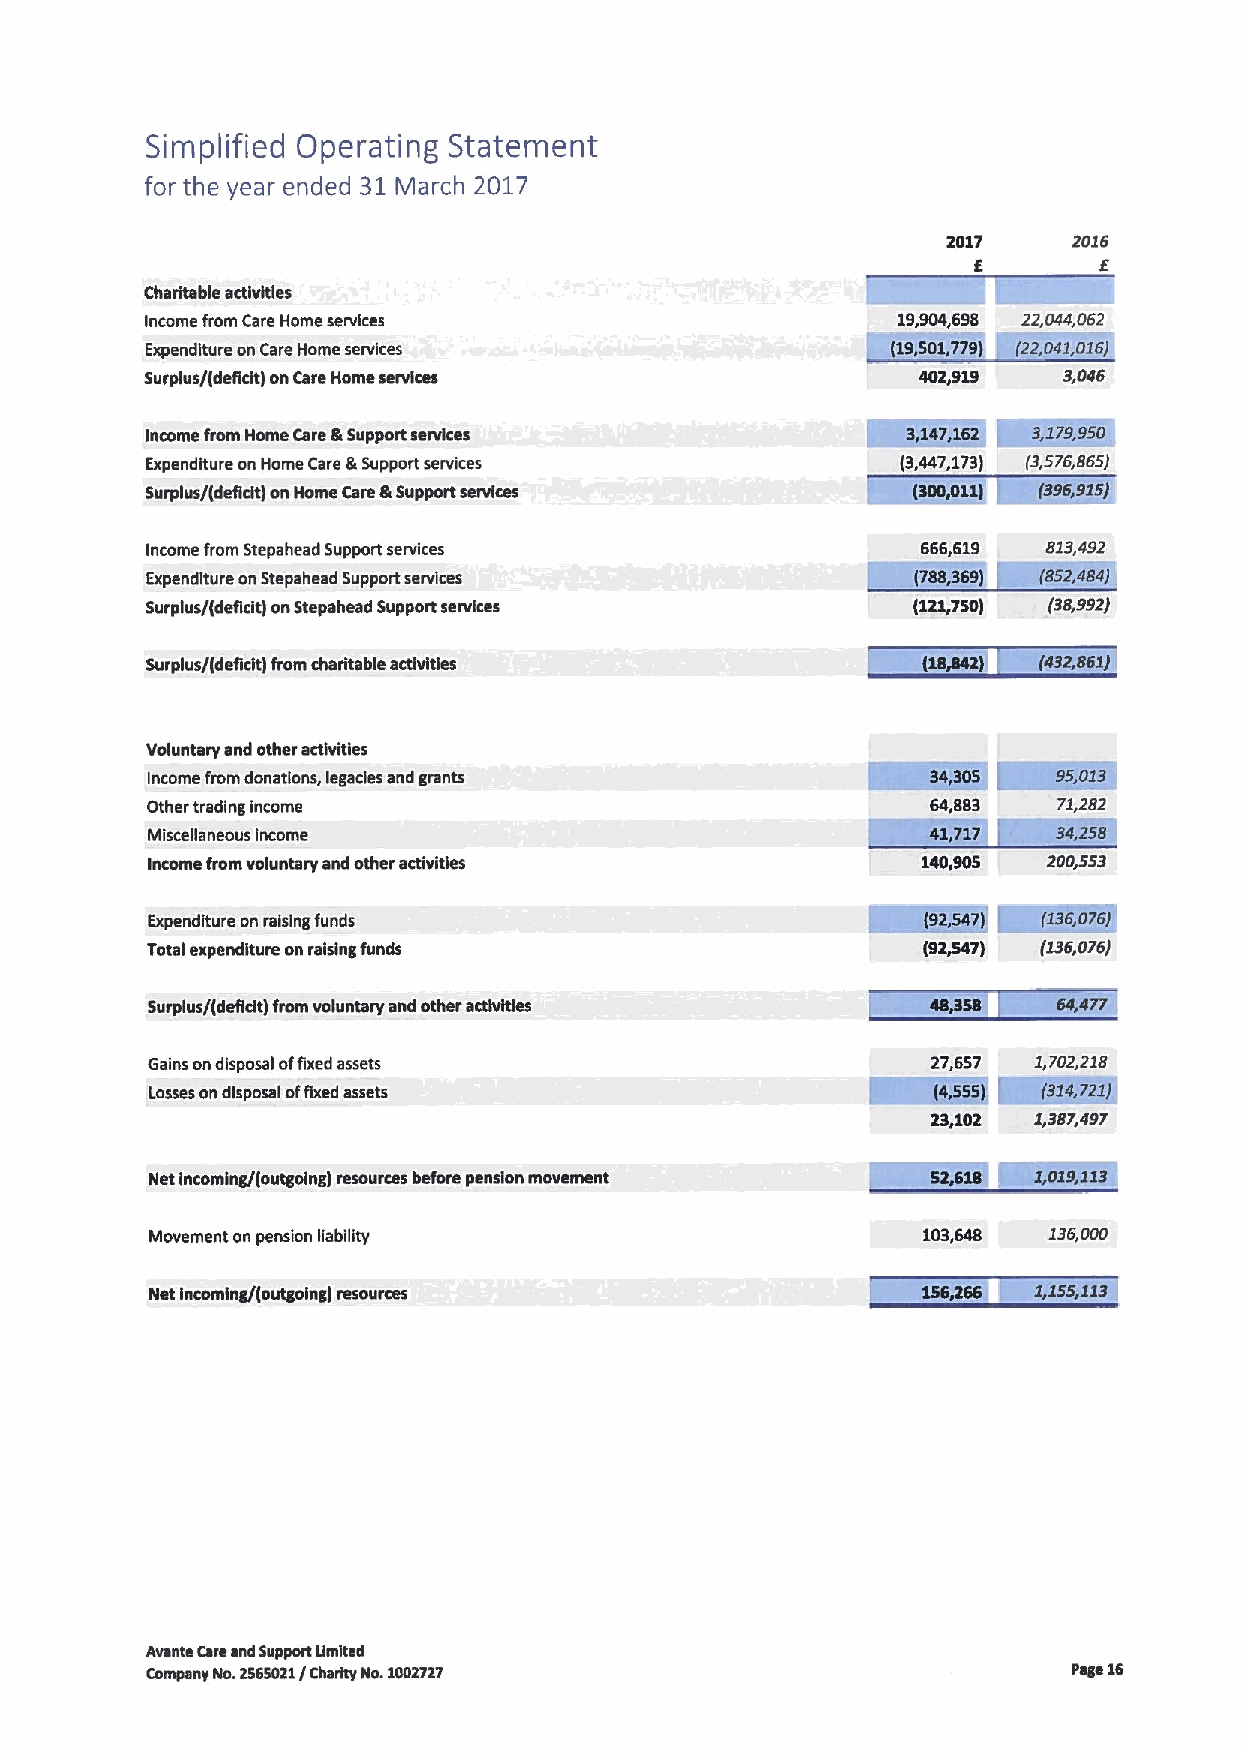
Simplified Operating Statement
 for the year ended 31March 2017
 2017    2016
 6       6
 Charitable activities
 Income from Care Home services                   19,904,698 22,044,062
 Expenditure on Care Home services                (LS.MO.M) (Q.MOS,RQ)
 Surplus/(defldt) on Care Home services             402,919  3,046
 iMKKI    %EZKI
 Income hom Home Care &Support services
 Expenditure on Home Care &Support services        (3,447,173) (3,576,865)
 Surplus/(delcit) on Home Care &Support senrices    3000 . )
 Income from Stepahead Support services             666,619 813,492
 '88
 Expenditure onStepshead Support services               )
 Surplus/(deficit) onStepahead Support services    (121,750) (38,992)
 Surplus/(deficit) from charitable actlvldes
 Voluntary and other activities
 Income from donations, legacies and grants
 Other trading income                                64,883  71,282
 Mlsceganeous Income
 Income from voluntary and other activities         140,903 200,353
 R!R5
 WHK
 Expenditure on raising funds
 (9~7)
 Total expenditure on raising funds                         (136,076)
 Surplus/(defldt) from voluntary and other activldes
 Gales ondisposal offixed assets                     27,637 1,702,218
 Losses ondisposal offixed assets
 23,102 1,387,497
 Net incoming/(outgoing) msourcas before pension movement
 Movement on pension liabglty                       103,648 136,000
 Net Incoming/(outgoing) resources
 Avante Careand Support Umltsd
 Company No.1365021/Charity No.1001717                        Page 16